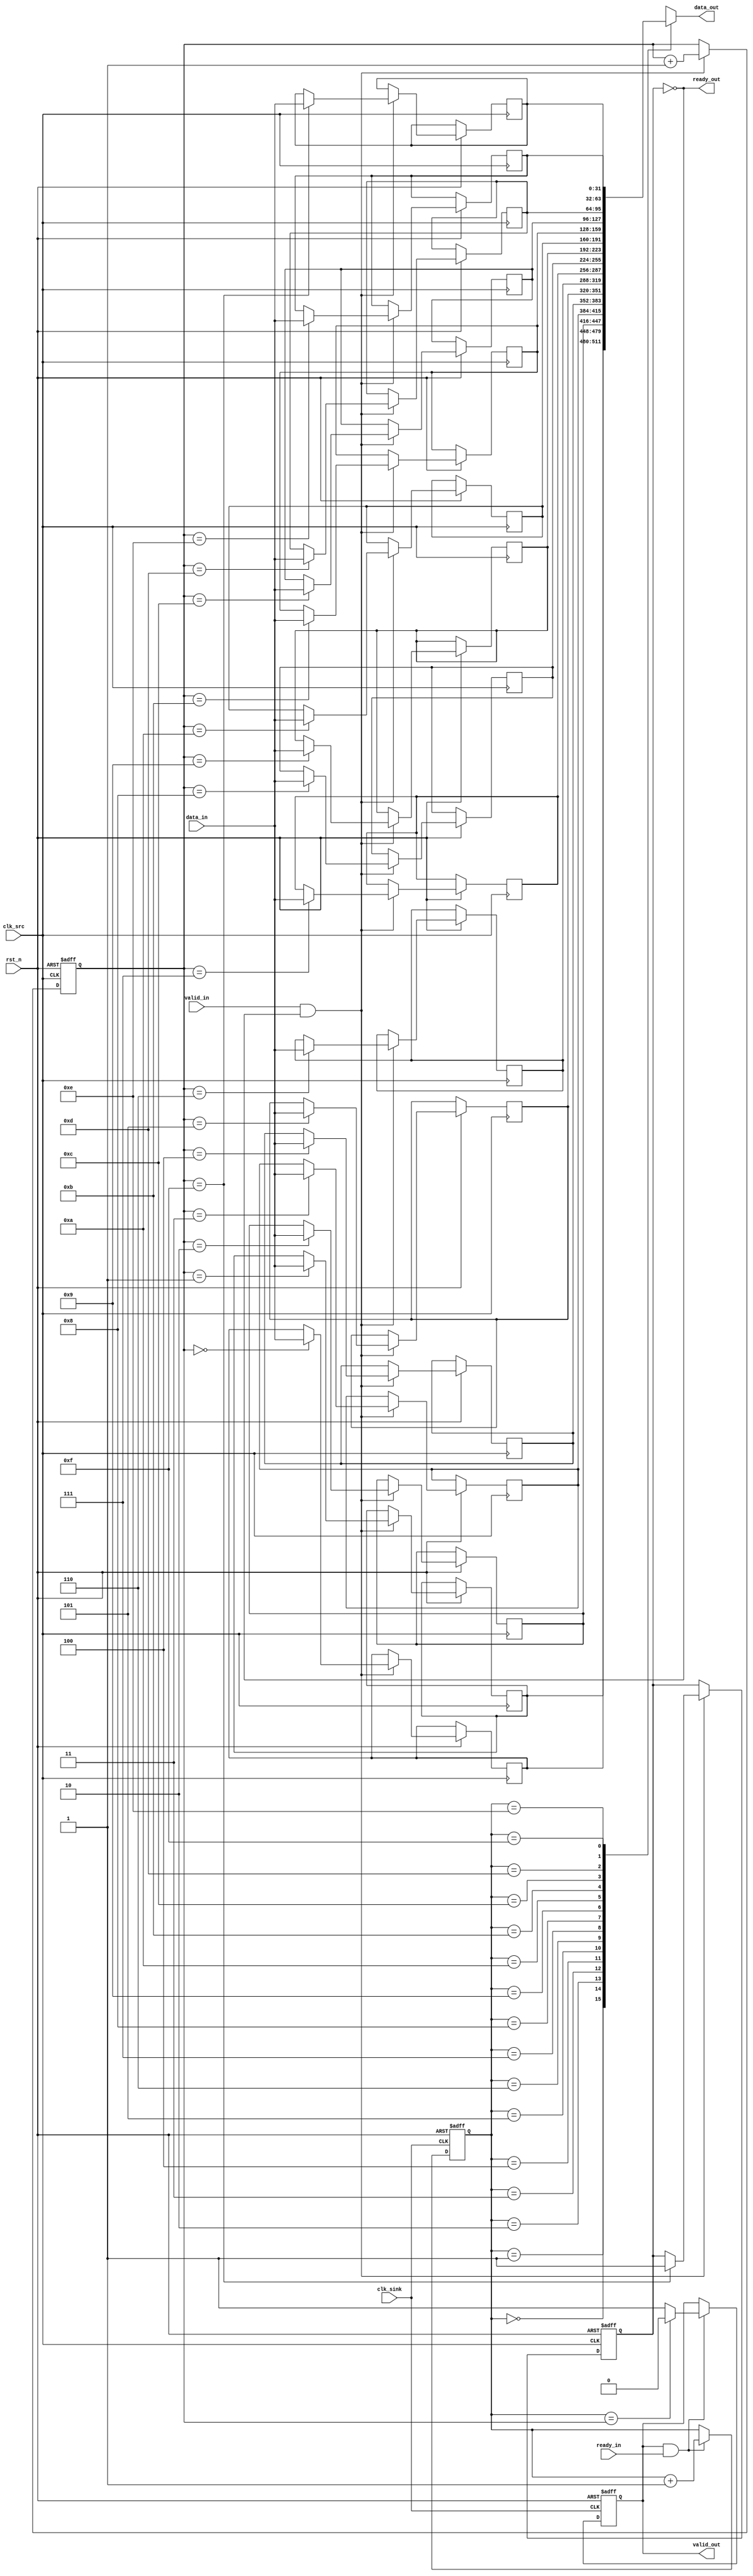
module burst_mode_synchronizer #(
    parameter DATA_WIDTH = 32,
    parameter FIFO_DEPTH = 16
)(
    input wire clk_src,            // Source clock
    input wire clk_sink,           // Sink clock
    input wire rst_n,              // Active low reset
    input wire [DATA_WIDTH-1:0] data_in,  // Data input from source
    input wire valid_in,           // Valid signal from source
    output wire ready_out,         // Ready signal for source
    output wire [DATA_WIDTH-1:0] data_out, // Data output to sink
    output wire valid_out,         // Valid signal to sink
    input wire ready_in            // Ready signal from sink
);

// FIFO Buffer
reg [DATA_WIDTH-1:0] fifo [0:FIFO_DEPTH-1];
reg [3:0] write_ptr;
reg [3:0] read_ptr;
reg fifo_full;
reg fifo_empty;

// Handshake signals
reg valid_sync;
reg valid_out_reg;
reg ready_out_reg;

// Synchronization Logic
reg valid_in_sync;
reg ready_in_sync;

// Burst Control Logic
reg burst_active;

// FIFO Write Logic
always @(posedge clk_src or negedge rst_n) begin
    if (!rst_n) begin
        write_ptr <= 0;
        fifo_full <= 0;
        valid_sync <= 0;
    end else if (valid_in && !fifo_full) begin
        fifo[write_ptr] <= data_in;
        write_ptr <= write_ptr + 1;
        if (write_ptr == FIFO_DEPTH - 1) begin
            fifo_full <= 1;
        end
        valid_sync <= 1;
    end
end

// FIFO Read Logic
always @(posedge clk_sink or negedge rst_n) begin
    if (!rst_n) begin
        read_ptr <= 0;
        fifo_empty <= 1;
        valid_out_reg <= 0;
        ready_out_reg <= 1;
    end else if (valid_out && ready_in) begin
        read_ptr <= read_ptr + 1;
        if (read_ptr == write_ptr) begin
            fifo_empty <= 1;
            valid_out_reg <= 0;
        end else begin
            valid_out_reg <= 1;
            fifo_empty <= 0;
        end
    end
end

// Synchronize valid signal
always @(posedge clk_sink or negedge rst_n) begin
    if (!rst_n) begin
        valid_in_sync <= 0;
    end else begin
        valid_in_sync <= valid_sync;
    end
end

// Output Data and Valid Signal
assign data_out = fifo[read_ptr];
assign valid_out = valid_out_reg;
assign ready_out = !fifo_full;

// Burst Control Logic
always @(posedge clk_src or negedge rst_n) begin
    if (!rst_n) begin
        burst_active <= 0;
    end else if (valid_in && !fifo_full) begin
        burst_active <= 1;
    end else if (fifo_empty) begin
        burst_active <= 0;
    end
end

endmodule